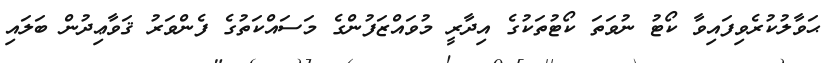
ޙަވާލުކުރެވިފައިވާ ކޯޓު ނުވަތަ ކޯޓުތަކުގެ އިދާރީ މުވައްޒަފުންގެ މަސައްކަތުގެ ފެންވަރު ޤަވާޢިދުން ބަލައި